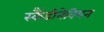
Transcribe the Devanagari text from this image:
स्कैंडीनेवियन